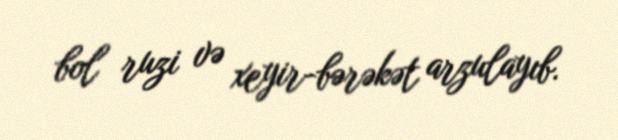
bol ruzi və xeyir-bərəkət arzulayıb.